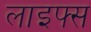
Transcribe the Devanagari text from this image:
लाइफ्स